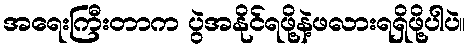
အရေးကြီးတာက ပွဲအနိုင်ရဖို့နဲ့ဖလားရရှိဖို့ပါပဲ။